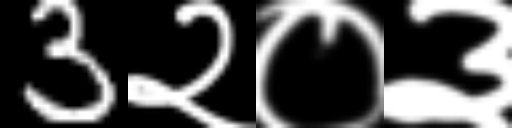
Text: 3२०३